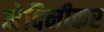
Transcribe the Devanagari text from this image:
मेदिनीकर